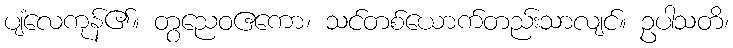
ပျံလေကုန်၏။ တွညေဝဧကော၊ သင်တစ်ယောက်တည်းသာလျင်။ ဥပါသတိ၊